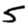
Digit: 5